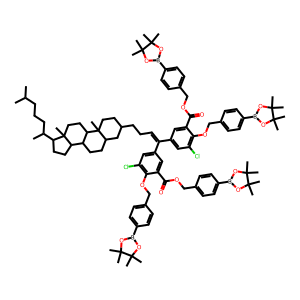
SMILES: CC(C)CCCC(C)C1CCC2C3CCC4CC(CCC=C(c5cc(Cl)c(OCc6ccc(B7OC(C)(C)C(C)(C)O7)cc6)c(C(=O)OCc6ccc(B7OC(C)(C)C(C)(C)O7)cc6)c5)c5cc(Cl)c(OCc6ccc(B7OC(C)(C)C(C)(C)O7)cc6)c(C(=O)OCc6ccc(B7OC(C)(C)C(C)(C)O7)cc6)c5)CCC4(C)C3CCC12C
Inhibits HIV replication: No